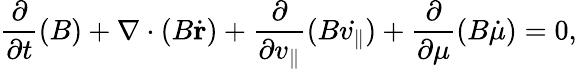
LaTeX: \frac{\partial}{\partial t}(B)+\nabla\cdot(B\dot{\mathbf{r}})+\frac{\partial}{\partial v_{\parallel}}(B\dot{v_{\parallel}})+\frac{\partial}{\partial\mu}(B\dot{\mu})=0,